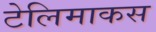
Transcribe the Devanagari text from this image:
टेलिमाकस